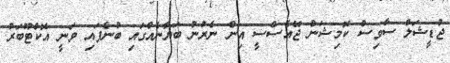
ޖުޑީޝަލް ސާވިސް ކޮމިޝަން ޖޭއެސްސީ އިން ނެރުނު ބަޔާނެއްގައި ބުނެފައި ވަނީ އޮކްޓޫބަރު